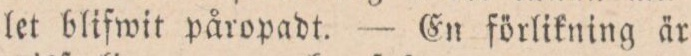
let blifwit påropadt. — En förlikning är